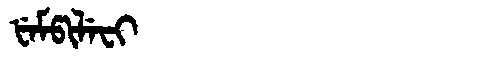
Manchu: ᡶᡝᠮᡦᡳᠯᡝᠸᡳ
Romanization: FEMPILEFI